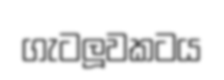
ගැටලූවකටය